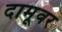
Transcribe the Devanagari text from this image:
दामूवर